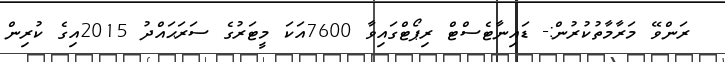
ރަންވޭ މަރާމާތުކުރުން:- ޑައިނާޓެސްޓް ރިޕޯޓްގައިވާ 7600އަކަ މީޓަރުގެ ސަރަޙައްދު 2015އިގެ ކުރިން